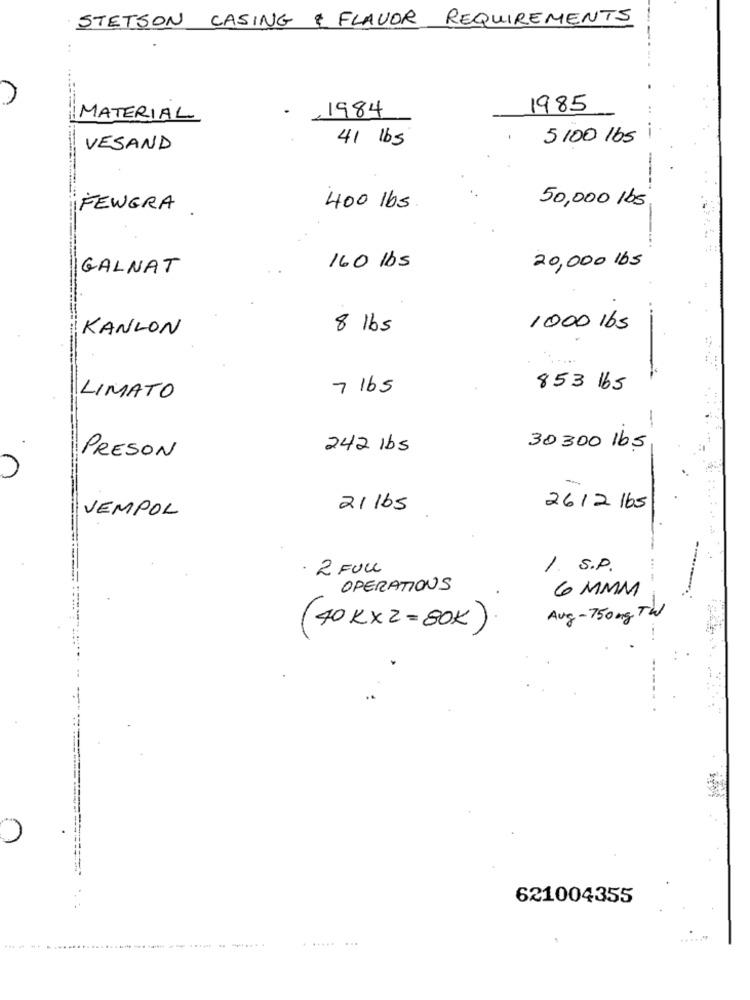
STETSON CASING & FLAVOR REQUIREMENTS
--
1985
..
MATERIAL
,1984
--
41 lbs
5100 lbs
VESAND
-
50,000 lbs
FEWERA
400 lbs
-
GALNAT
160 lbs
20,000 lbs
KANLON
8 lbs
1000 lbs
7 lbs
853 165
LIMATO
242 lbs
30 300 16.5
PRESON
21lbs
26/2 /65
VEMPOL
· 2 FULL
1. S.P.
OPERATIONS
6 MMM
Aug- 750mg TW
(40 KX2=80K)
621004355
.....